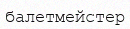
балетмейстер